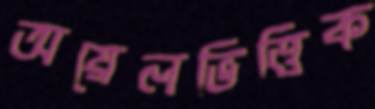
অয়েলভিত্তিক